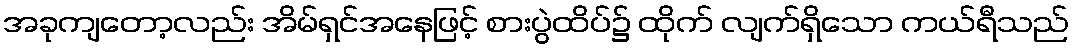
အခုကျတော့လည်း အိမ်ရှင်အနေဖြင့် စားပွဲထိပ်၌ ထိုက် လျက်ရှိသော ကယ်ရီသည်